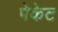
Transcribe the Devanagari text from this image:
पेकेट